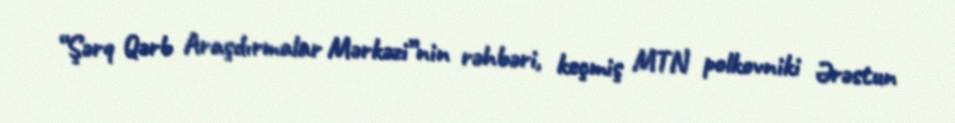
“Şərq Qərb Araşdırmalar Mərkəzi”nin rəhbəri, keçmiş MTN polkovniki Ərəstun